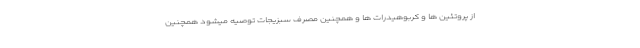
از پروتئین ها و کربوهیدرات ها و همچنین مصرف سبزیجات توصیه میشود همچنین